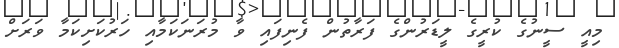
މިއީ ސީނުގެ ކުރީގެ ލީޑަރުންގެ ފަރާތުން ފެނިފައި ވާ މުރަނަކަމާއި ހަރުކަށިކަމާ ވަރަށް